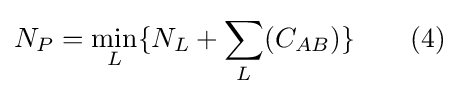
N_{P}=\min _{L}\{N_{L}+\sum _{L}(C_{AB})\}\qquad (4)